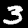
Digit: 3